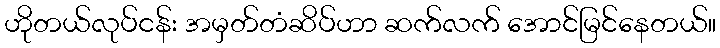
ဟိုတယ်လုပ်ငန်း အမှတ်တံဆိပ်ဟာ ဆက်လက် အောင်မြင်နေတယ်။